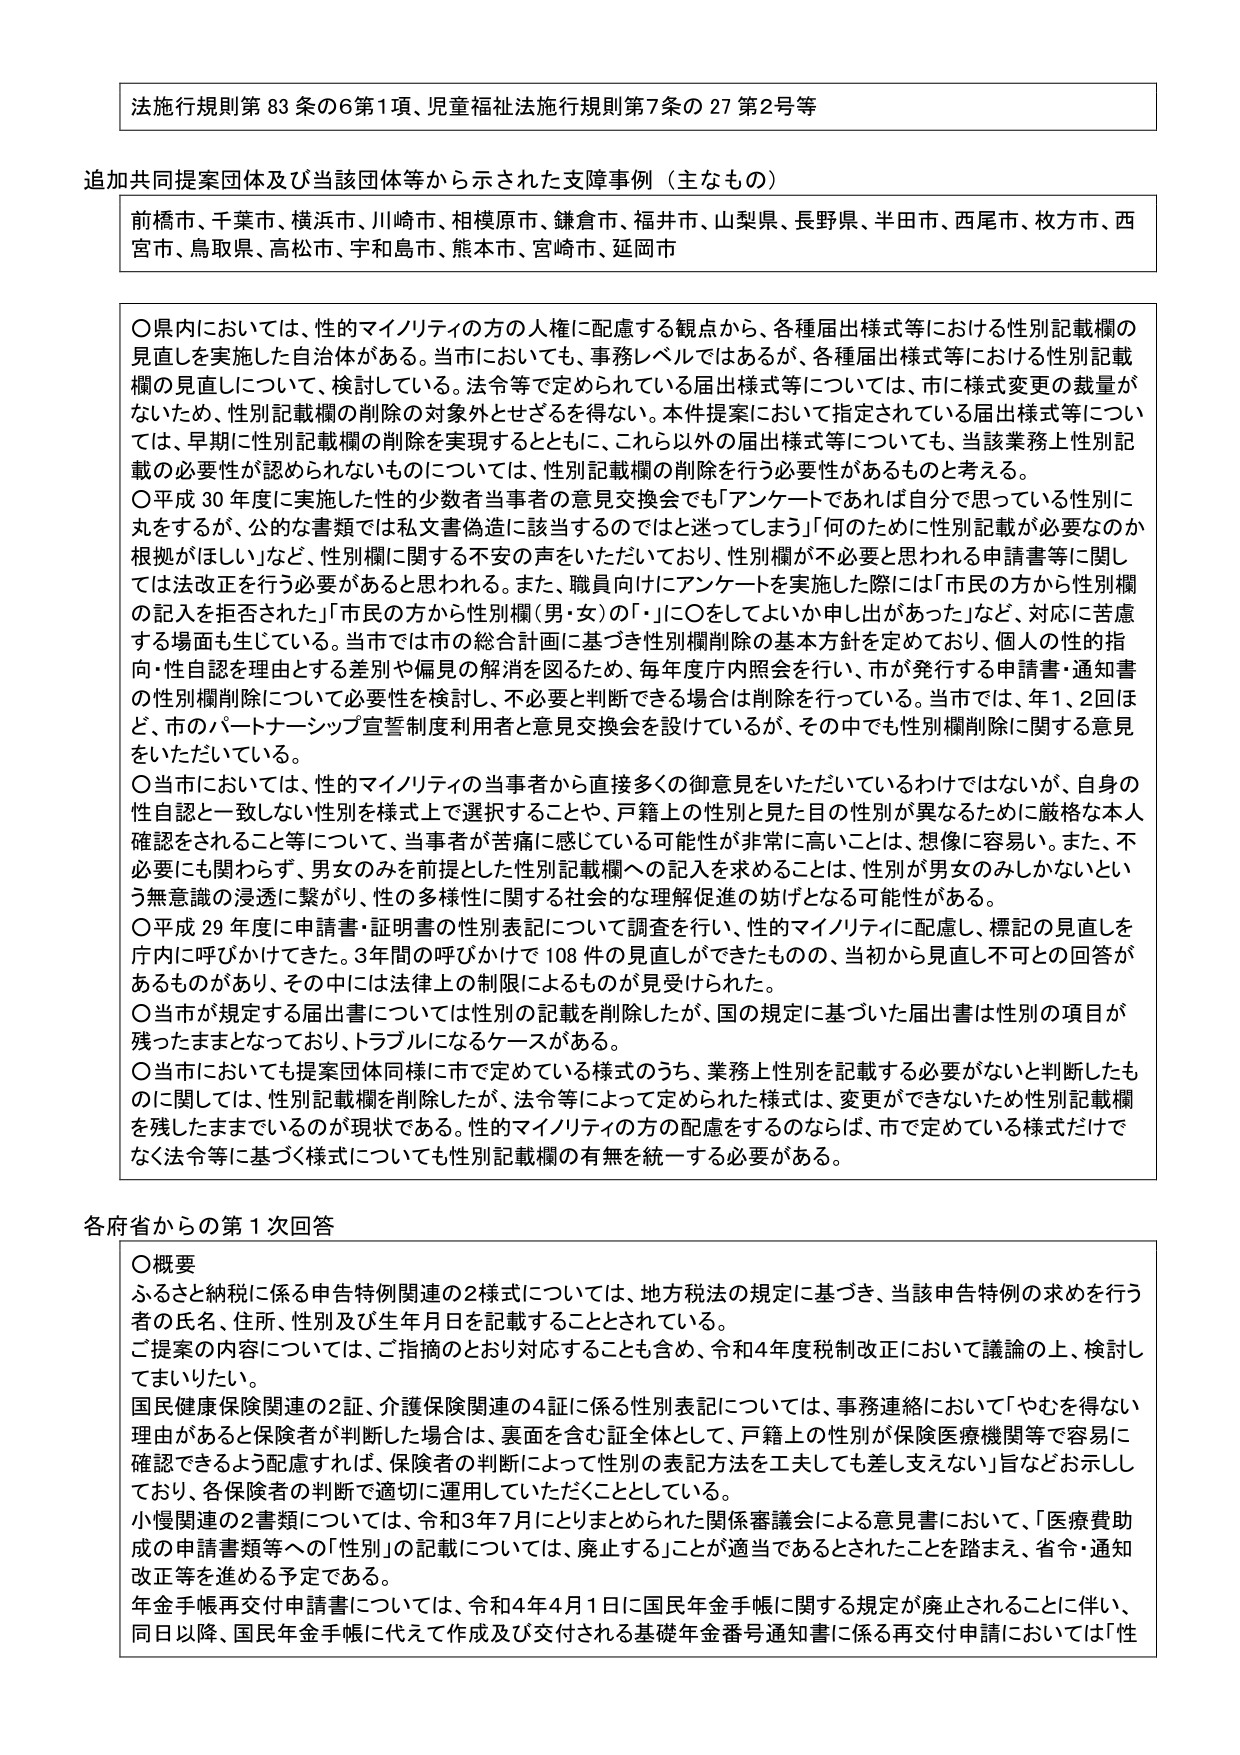
法施行規則第83条の6第1項、児童福祉法施行規則第7条の27第2号等

追加共同提案団体及び当該団体等から示された支援事例（主なもの）
前橋市、千葉市、横浜市、川崎市、相模原市、鎌倉市、福井市、山梨県、長野県、半田市、西尾市、枚方市、西宮市、鳥取県、高松市、宇和島市、熊本市、宮崎市、延岡市

〇県内においては、性的マイノリティの方の人権に配慮する観点から、各種届出様式等における性別記載欄の見直しを実施した自治体がある。当市においても、事務レベルではあるが、各種届出様式等における性別記載欄の見直しについて、検討している。法令等で定められている届出様式等については、市に様式変更の裁量がないため、性別記載欄の削除の対象外とせざるを得ない。本件提案において指定されている届出様式等については、早期に性別記載欄の削除を実現するとともに、これら以外の届出様式等についても、当該業務上性別記載の必要性が認められないものについては、性別記載欄の削除を行う必要性があるものと考える。
〇平成30年度に実施した性的少数者当事者の意見交換会でも「アンケートであれば自分で思っている性別に丸をするが、公的な書類では私文書偽造に該当するのではと迷ってしまう」「何のために性別記載が必要なのか根拠がほしい」など、性別欄に関する不安の声をいただいており、性別欄が不必要と思われる申請書等に関しては法改正を行う必要があると思われる。また、職員向けにアンケートを実施した際には「市民の方から性別欄の記入を拒否された」「市民の方から性別欄（男・女）の「・」に〇をしてよいか申し出があった」など、対応に苦慮する場面も生じている。当市では市の総合計画に基づき性別欄削除の基本方針を定めており、個人の性の指向・性自認を理由とする差別や偏見の解消を図るため、毎年度庁内照会を行い、市が発行する申請書・通知書の性別欄削除について必要性を検討し、不必要と判断できる場合は削除を行っている。当市では、年1、2回ほど、市のパートナーシップ宣誓制度利用者と意見交換会を設けているが、その中でも性別欄削除に関する意見をいただいている。
〇当市においては、性的マイノリティの当事者から直接多くの御意見をいただいているわけではないが、自身の性自認と一致しない性別を様式上で選択することや、戸籍上の性別と見た目の性別が異なるために厳格な本人確認をされること等について、当事者が苦痛に感じている可能性が非常に高いことは、想像に容易い。また、不必要にも関わらず、男女のみを前提とした性別記載欄への記入を求めることは、性別が男女のみしかないという無意識の浸透に繋がり、性の多様性に関する社会的な理解促進の妨げとなる可能性がある。
〇平成29年度に申請書・証明書の性別表記について調査を行い、性的マイノリティに配慮し、標記の見直しを庁内に呼びかけてきた。3年間の呼びかけで108件の見直しができたものの、当初から見直し不可との回答があるものがあり、その中には法律上の制限によるものが見受けられた。
〇当市が規定する届出書については性別の記載を削除したが、国の規定に基づいた届出書は性別の項目が残ったままとなっており、トラブルになるケースがある。
〇当市においても提案団体同様に市で定めている様式のうち、業務上性別を記載する必要がないと判断したものに関しては、性別記載欄を削除したが、法令等によって定められた様式は、変更ができないため性別記載欄を残したままているのが現状である。性的マイノリティの方の配慮をするのならば、市で定めている様式だけでなく法令等に基づく様式についても性別記載欄の有無を統一する必要がある。

各府省からの第1次回答
〇概要
ふるさと納税に係る申告特例関連の2様式については、地方税法の規定に基づき、当該申告特例の求めを行う者の氏名、住所、性別及び生年月日を記載することとされている。
ご提案の内容については、ご指摘のとおり対応することも含め、令和4年度税制改正において議論の上、検討してまいりたい。
国民健康保険関連の2証、介護保険関連の4証に係る性別表記については、事務連絡において「やむを得ない理由があると保険者が判断した場合は、裏面を含む証全体として、戸籍上の性別が保険医療機関等で容易に確認できるよう配慮すれば、保険者の判断によって性別の表記方法を工夫しても差し支えない」旨などお示ししており、各保険者の判断で適切に運用していただくこととしている。
小慢関連の2書類については、令和3年7月にとりまとめられた関係審議会による意見書において、「医療費助成の申請書類等への「性別」の記載については、廃止する」ことが適当であるとされたことを踏まえ、省令・通知改正等を進める予定である。
年金手帳再交付申請書については、令和4年4月1日に国民年金手帳に関する規定が廃止されることに伴い、同日以降、国民年金手帳に代えて作成及び交付される基礎年金番号通知書に係る再交付申請においては「性